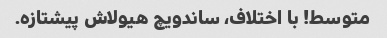
متوسط! با اختلاف، ساندویچ هیولاش پیشتازه.